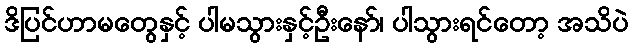
ဒိပြင်ဟာမတွေနှင့် ပါမသွားနှင့်ဦးနော်၊ ပါသွားရင်တော့ အသိပဲ